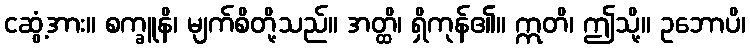
ငဆွံ့အား။ စက္ခူနိ၊ မျက်စိတို့သည်။ အတ္ထိ၊ ရှိကုန်၏။ ဣတိ၊ ဤသို့။ ဥဘောပိ၊